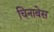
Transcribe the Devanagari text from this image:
चिनाबेस